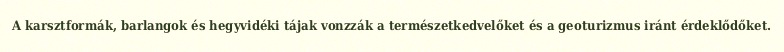
A karsztformák, barlangok és hegyvidéki tájak vonzzák a természetkedvelőket és a geoturizmus iránt érdeklődőket.